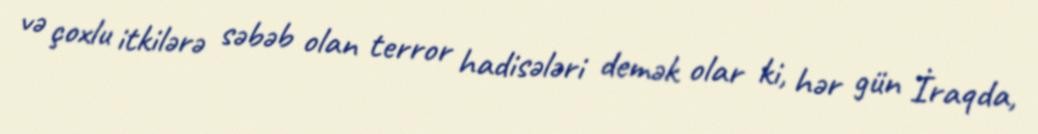
və çoxlu itkilərə səbəb olan terror hadisələri demək olar ki, hər gün İraqda,